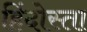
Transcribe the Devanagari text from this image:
हिंदोस्ता